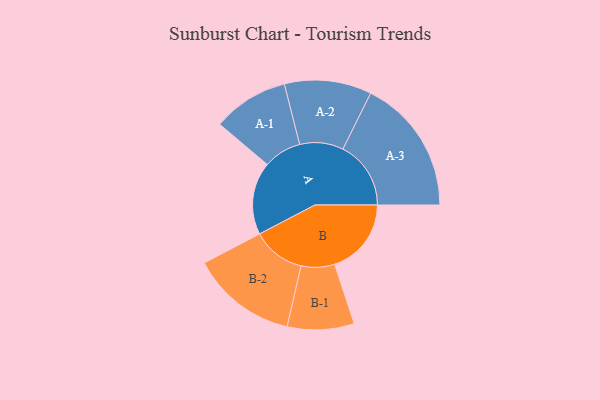
{"axis": {"x": "Segment", "y": "Value"}, "legend": ["", "A", "B"], "data": [{"x": "A", "y": 300, "type": ""}, {"x": "B", "y": 317, "type": ""}, {"x": "A-1", "y": 157, "type": "A"}, {"x": "A-2", "y": 180, "type": "A"}, {"x": "A-3", "y": 281, "type": "A"}, {"x": "B-1", "y": 138, "type": "B"}, {"x": "B-2", "y": 219, "type": "B"}]}